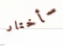
سأختار